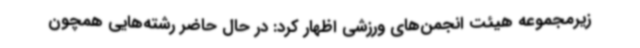
زیرمجموعه هیئت انجمن‌های ورزشی اظهار کرد: در حال حاضر رشته‌هایی همچون